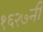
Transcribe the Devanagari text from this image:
१६२७नी